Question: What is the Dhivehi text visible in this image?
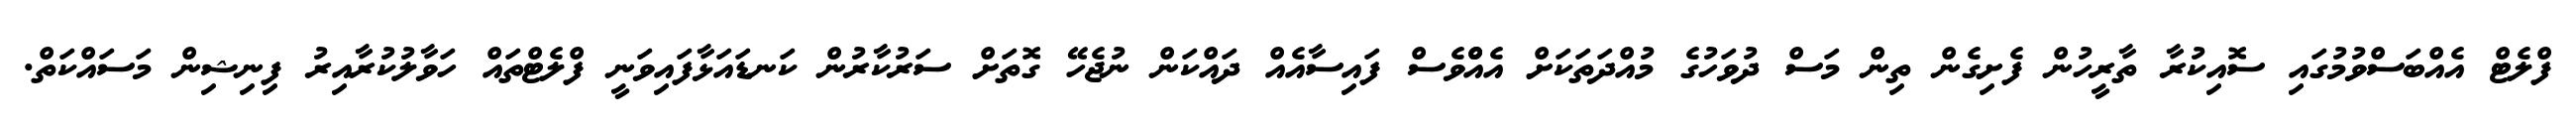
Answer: ފްލެޓް އެއްބަސްވުމުގައި ސޮއިކުރާ ތާރީހުން ފެށިގެން ތިން މަސް ދުވަހުގެ މުއްދަތަކަށް އެއްްވެސް ފައިސާއެއް ދައްކަން ނުޖެހޭ ގޮތަށް ސަރުކާރުން ކަނޑައަޅާފައިވަނީ ފްލެޓްތައް ހަވާލުކުރާއިރު ފިނިޝިން މަސައްކަތް.